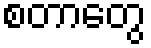
စတာတွေ